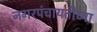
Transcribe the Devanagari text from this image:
नगरपंचायतीच्या